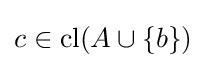
c\in {\text{cl}}(A\cup \{b\})